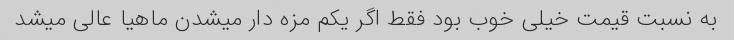
به نسبت قیمت خیلى خوب بود فقط اگر یکم مزه دار میشدن ماهیا عالى میشد